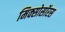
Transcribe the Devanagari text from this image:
मिक्सोसॉरस